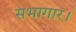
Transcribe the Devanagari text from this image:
सभागार।